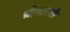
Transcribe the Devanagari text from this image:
ग्रीमाल्डी